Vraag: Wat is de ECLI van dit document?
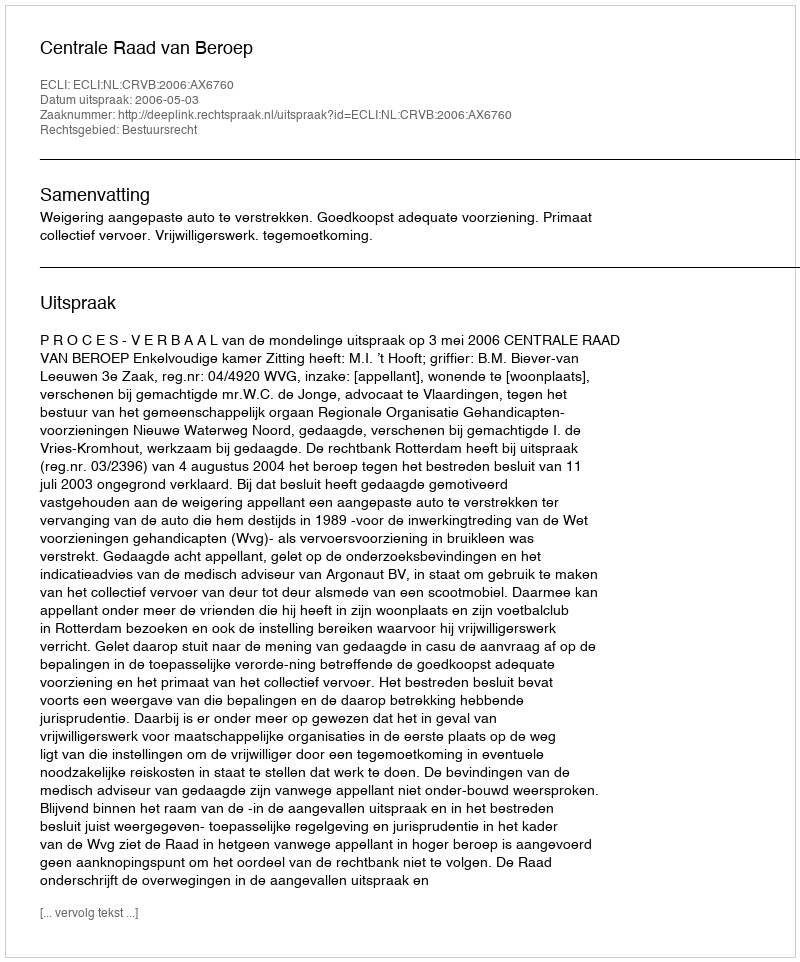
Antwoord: ECLI:NL:CRVB:2006:AX6760